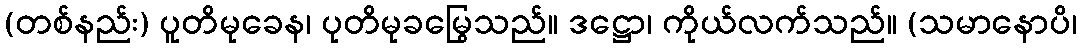
(တစ်နည်း) ပူတိမုခေန၊ ပုတိမုခမြွေသည်။ ဒဋ္ဌော၊ ကိုယ်လက်သည်။ (သမာနောပိ၊